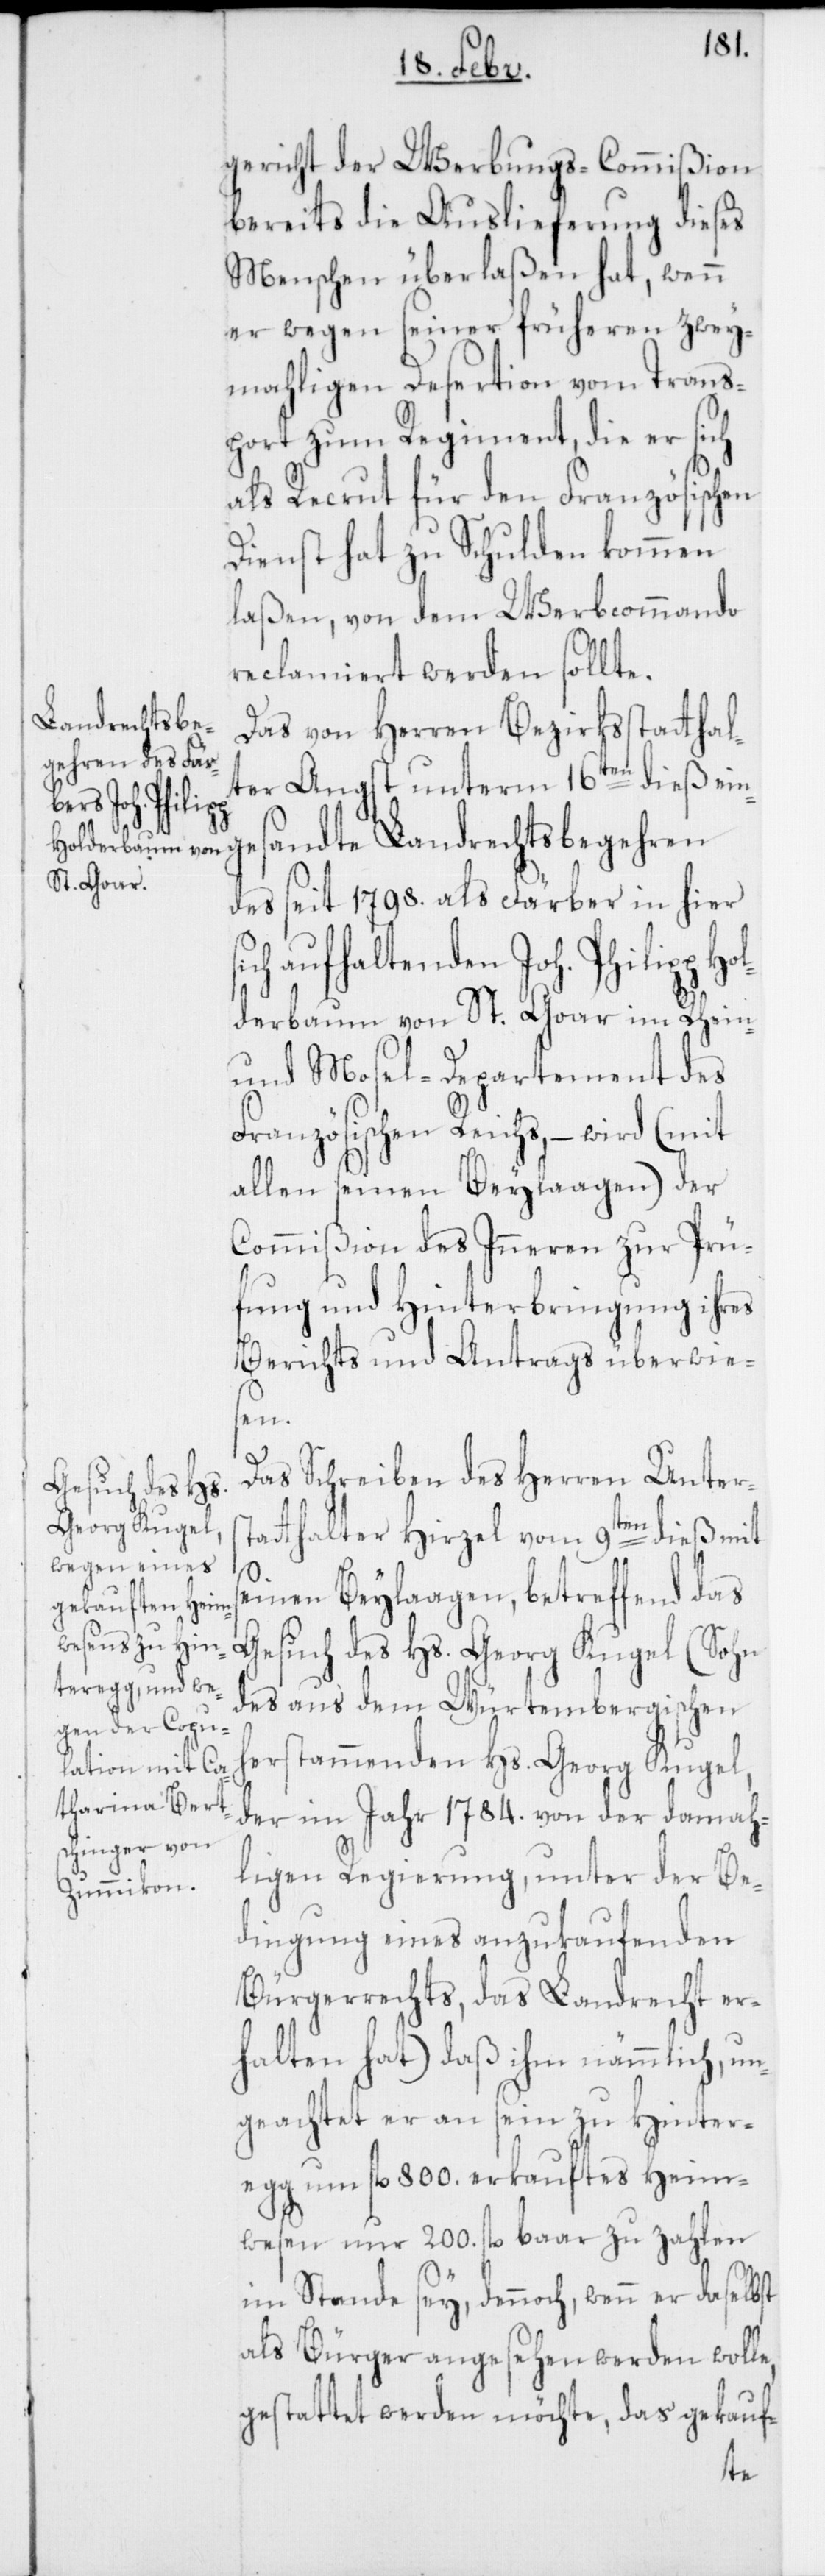
gericht der Werbungs-Commißion
bereits die Auslieferung dieses
Menschen überlaßen hat, wenn
er wegen seiner früheren zwey¬
mahligen Desertion vom Trans¬
port zum Regiment, die er sich
als Recrut für den Französischen
Dienst hat zu Schulden kommen
laßen, von dem Werbkommando
reclamiert werden sollte.
Das von Herren Bezirksstatthal¬
ter Angst unterm 16ten dieß eing¬
esandte Landrechtsbegehren
des seit 1798. als Färber in hier
ich aufhaltenden Joh. Philipp Ho¬
lderbaum von St. Goar im Rhein-
und Mosel-Departement des
Französischen Reichs, – wird (mit
allen seinen Beylagen) der
Commißion des Inneren zur Prü¬
fung und Hinterbringung ihres
Berichts und Antrags überwie¬
sein¬
Das Schreiben des Herren Unters¬
tatthalter Hirzel vom 9ten dieß mit
en Beylagen, betreffend das
Gesuch des Hs. Georg Kugel (Sohn
des aus dem Würtembergischen
herstammenden Hs. Georg Kugel,
der im Jahr 1784. von der damah¬
ligen Regierung, unter der Be¬
dingung eines anzukaufenden
Bürgerrechts, das Landrecht er¬
halten hat) daß ihm nämmlich, un¬
geachtet er an sein zu Hintere¬
gg um fl. 800. erkauftes Heim¬
wesen nur 200. fl. baar zu zahlen
imstande sey, dennoch, wenn er daselbst
als Bürger angesehen werden wolle,
gestattet werden möchte, das gekauf-
s¬